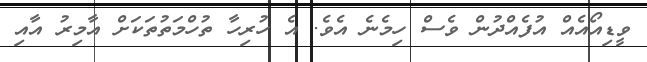
ވީޑިއޯއެއް އުފެއްދުން ވެސް ހިމެނެ އެވެ. އެ ހުރިހާ ތުހްމަތުތަކަށް އާމިރު އާއި